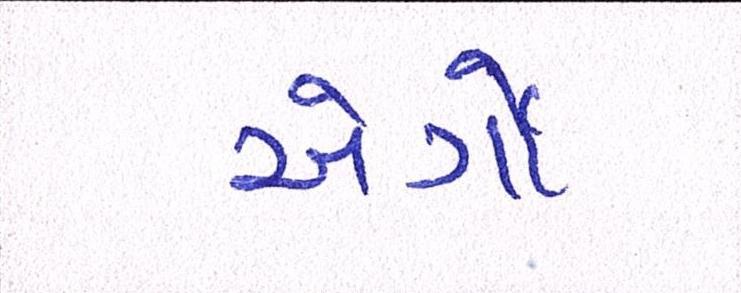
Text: એર્ગો